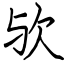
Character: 欤